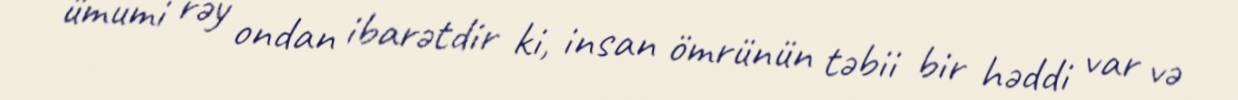
ümumi rəy ondan ibarətdir ki, insan ömrünün təbii bir həddi var və